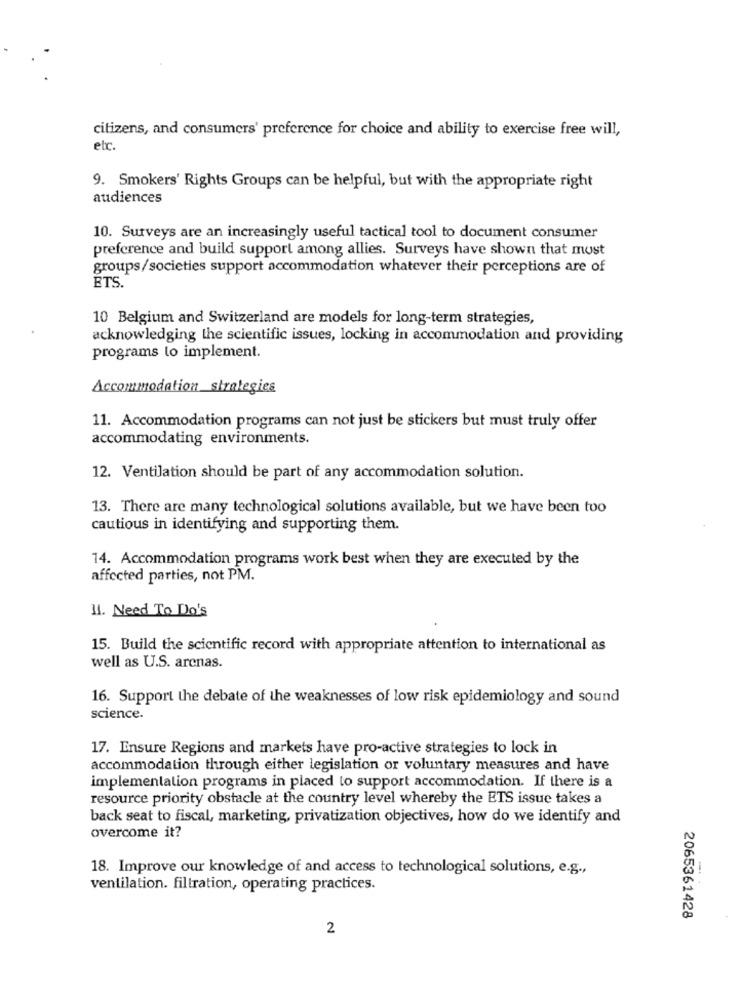
citizens, and consumers' preference for choice and ability to exercise free will,
etc.
9. Smokers' Rights Groups can be helpful, but with the appropriate right
audiences
10. Surveys are an increasingly useful tactical tool to document consumer
preference and build support among allies. Surveys have shown that must
groups/societies support accommodation whatever their perceptions are of
ETS.
10 Belgium and Switzerland are models for long-term strategies,
acknowledging the scientific issues, locking in accommodation and providing
programs to implement.
Accommodation strategies
11. Accommodation programs can not just be stickers but must truly offer
accommodating environments.
12. Ventilation should be part of any accommodation solution.
13. There are many technological solutions available, but we have been too
cautious in identifying and supporting them.
14. Accommodation programs work best when they are executed by the
affected parties, not PM.
11. Need To Do's
15. Build the scientific record with appropriate attention to international as
well as U.S. arcnas.
16. Support the debate of the weaknesses of low risk epidemiology and sound
science.
17. Ensure Regions and markets have pro-active strategies to lock in
accommodation through either legislation or voluntary measures and have
implementation programs in placed to support accommodation. If there is a
resource priority obstacle at the country level whereby the ETS issue takes a
back seat to fiscal, marketing, privatization objectives, how do we identify and
overcome it?
18. Improve our knowledge of and access to technological solutions, e.g .,
ventilation. filtration, operating practices.
2065361428
2